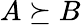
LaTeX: A\succeq B